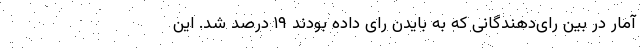
آمار در بین رای‌دهندگانی که به بایدن رای داده بودند ۱۹ درصد شد. این